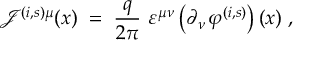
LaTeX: { \mathcal J } ^ { ( i , s ) \mu } ( x ) \; = \; \frac { q } { 2 \pi } ~ \varepsilon ^ { \mu \nu } \left( \partial _ { \nu } \, \varphi ^ { ( i , s ) } \right) ( x ) ~ ,